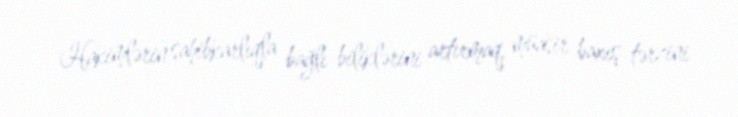
Hakimlərin sahibkarlıqla bağlı biliklərini artırmaq, müasir baxış tərzini